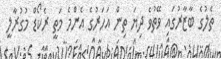
ތެލުގެ ބާޒާރުގައި ވޭތުވެ ދިޔަ ތިން އަހަރުގެ އެންމެ މަތީ ރެކޯޑް މުގުރާލީ